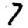
Digit: 7